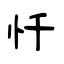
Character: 忏